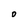
Character: O